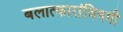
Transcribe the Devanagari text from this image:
बलात्कारांविषयी